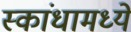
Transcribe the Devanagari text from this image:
स्कांधामध्ये